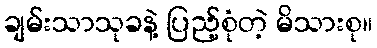
ချမ်းသာသုခနဲ့ ပြည့်စုံတဲ့ မိသားစု။